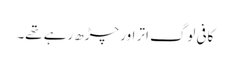
کافی لوگ اتر اور چڑھ رہے تھے۔